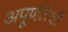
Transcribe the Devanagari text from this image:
अपूर्णतेची